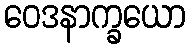
ဝေဒနာက္ခယော